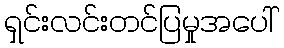
ရှင်းလင်းတင်ပြမှုအပေါ်